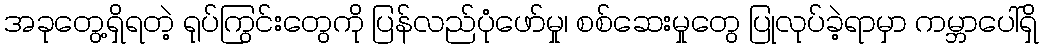
အခုတွေ့ရှိရတဲ့ ရုပ်ကြွင်းတွေကို ပြန်လည်ပုံဖော်မှု၊ စစ်ဆေးမှုတွေ ပြုလုပ်ခဲ့ရာမှာ ကမ္ဘာပေါ်ရှိ